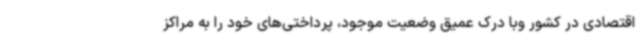
اقتصادی در کشور وبا درک عمیق وضعیت موجود، پرداختی‌های خود را به مراکز